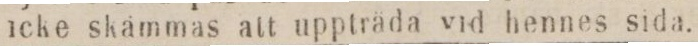
icke skämmas att uppträda vid hennes sida.